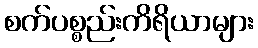
စက်ပစ္စည်းကိရိယာများ